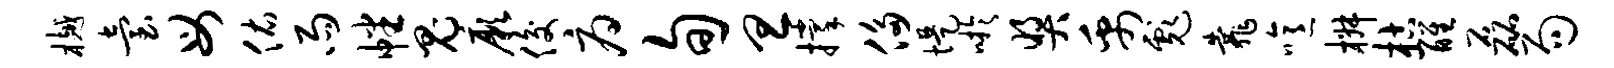
樾台母佑雨幡鬼厥俊府旬旦撑侈堤吁奖禹彪靠噫椒枯醒磊局